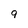
Character: 9